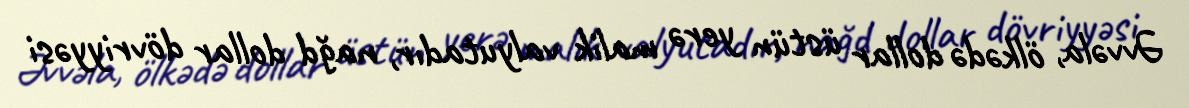
Əvvəla, ölkədə dollar üstün yerə malik valyutadır, nağd dollar dövriyyəsi